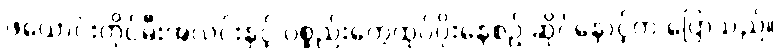
ဖယောင်းတိုင်မီးအလင်းနှင့် ပစ္စည်းတွေထုပ်ပိုးနေစဉ် ဆိုင်နောင့်က ပြောသည်။